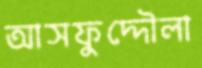
আসফুদ্দৌলা